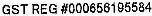
GST REG #000656195584